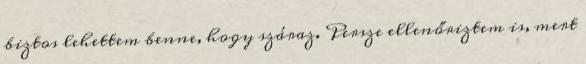
biztos lehettem benne, hogy száraz. Persze ellenőriztem is, mert